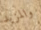
والمزيد